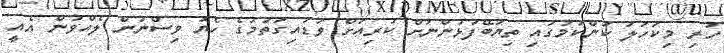
ހުރި މިކަހަލަ ކަންކަމުގައި ތިޔަބޭފުޅުންނަށް ކުރިއަށް ވަޑައިގަތުމުގެ ހެޔޮ ވިސްނުން ލެއްވުން އެއީ